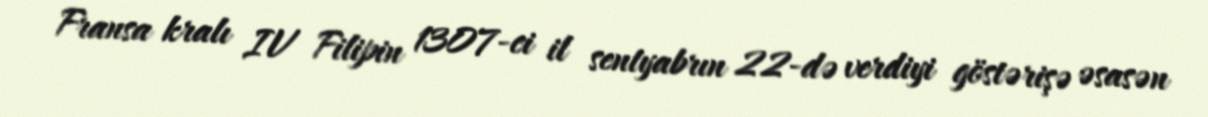
Fransa kralı IV Filipin 1307-ci il sentyabrın 22-də verdiyi göstərişə əsasən